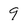
Character: 9